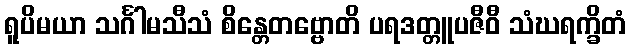
ရူပိမယာ သင်္ဂါမသီသံ စိန္တေတဗ္ဗောတိ ပရဒတ္တူပဇီဝီ သံဃရက္ခိတံ